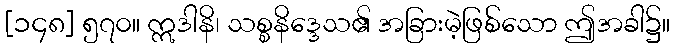
[၁၄၈] ၅၇၀။ ဣဒါနိ၊ သစ္စနိဒ္ဒေသ၏ အခြားမဲ့ဖြစ်သော ဤအခါ၌။